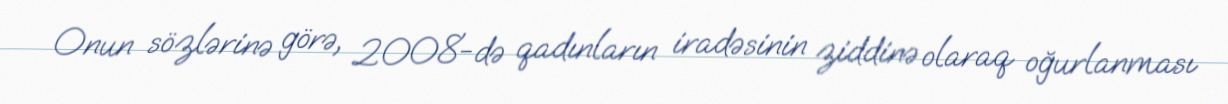
Onun sözlərinə görə, 2008-də qadınların iradəsinin ziddinə olaraq oğurlanması